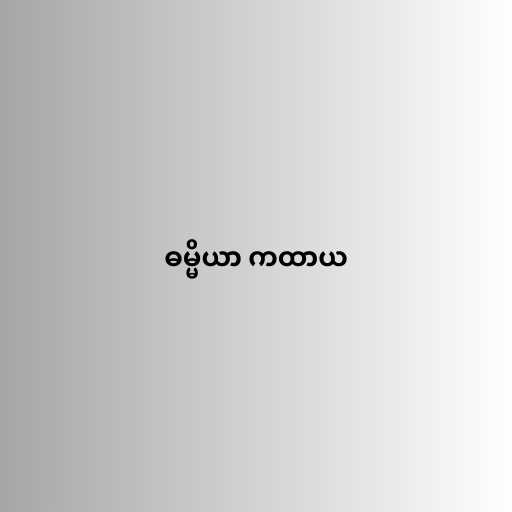
ဓမ္မိယာ ကထာယ